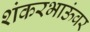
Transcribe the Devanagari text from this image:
शंकरभाऊंवर